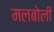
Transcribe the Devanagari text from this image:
मलबोली